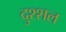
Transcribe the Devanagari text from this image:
दुश्शल